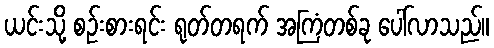
ယင်းသို့ စဉ်းစားရင်း ရုတ်တရက် အကြံတစ်ခု ပေါ်လာသည်။